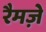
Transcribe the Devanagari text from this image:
रैमज़े